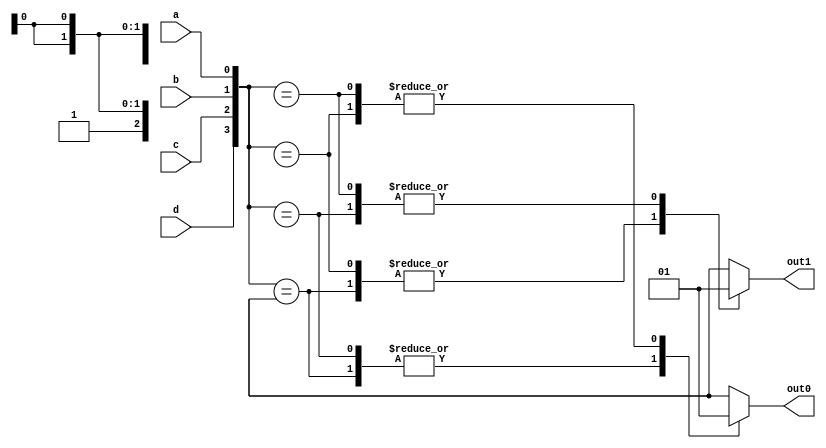
//This is for the 4:2 priority encoder module.

module four_to_two_priority_encoder_behavioral_module (a, b, c, d, out0, out1);
	input a, b, c, d;

	output out0, out1;
	reg out0, out1;
	
	always@(a or b or c or d)
	begin
		case({d, c, b, a})
			4'b000x : begin out0 <= 1'b0; out1 <= 1'b0; end
			4'b001x : begin out0 <= 1'b1; out1 <= 1'b0; end
			4'b01xx : begin out0 <= 1'b0; out1 <= 1'b1; end
			4'b1xxx : begin out0 <= 1'b1; out1 <= 1'b1; end
		endcase
	end

endmodule